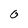
Character: 0